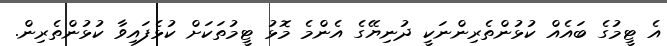
އެ ޓީމުގެ ބައެއް ކުޅުންތެރިންނަކީ ދުނިޔޭގެ އެންމެ މޮޅު ޓީމުތަކަށް ކުޅެފައިވާ ކުޅުންތެރިން.